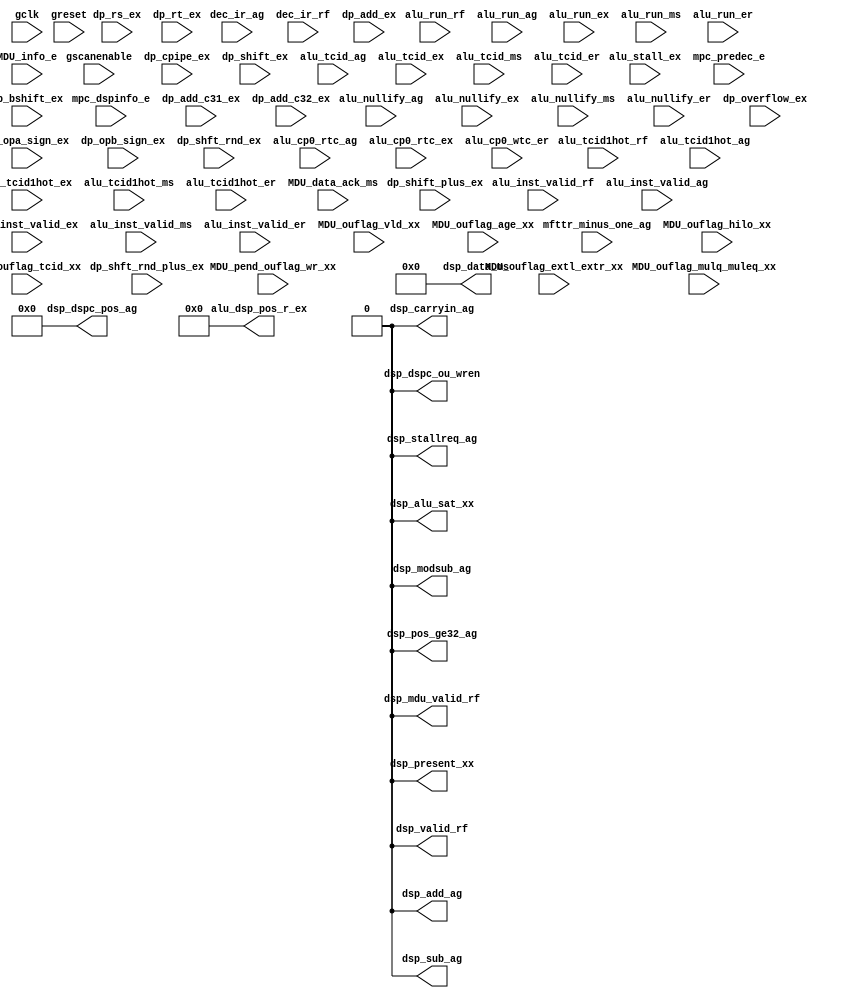
module m14k_alu_dsp_stub(
	gclk,
	greset,
	gscanenable,
	alu_run_rf,
	alu_run_ag,
	alu_run_ex,
	alu_run_ms,
	alu_run_er,
	alu_stall_ex,
	alu_inst_valid_rf,
	alu_inst_valid_ag,
	alu_inst_valid_ex,
	alu_inst_valid_ms,
	alu_inst_valid_er,
	alu_nullify_ag,
	alu_nullify_ex,
	alu_nullify_ms,
	alu_nullify_er,
	dec_ir_ag,
	dec_ir_rf,
	mfttr_minus_one_ag,
	mpc_predec_e,
	mpc_dspinfo_e,
	MDU_info_e,
	dp_rs_ex,
	dp_rt_ex,
	dp_cpipe_ex,
	dp_add_ex,
	dp_shift_ex,
	dp_shift_plus_ex,
	dp_bshift_ex,
	dp_add_c31_ex,
	dp_add_c32_ex,
	dp_overflow_ex,
	dp_opa_sign_ex,
	dp_opb_sign_ex,
	dp_shft_rnd_ex,
	dp_shft_rnd_plus_ex,
	alu_tcid1hot_rf,
	alu_tcid1hot_ag,
	alu_tcid_ag,
	alu_tcid1hot_ex,
	alu_tcid_ex,
	alu_tcid1hot_ms,
	alu_tcid_ms,
	alu_tcid1hot_er,
	alu_tcid_er,
	alu_cp0_rtc_ag,
	alu_cp0_rtc_ex,
	alu_cp0_wtc_er,
	MDU_pend_ouflag_wr_xx,
	MDU_ouflag_vld_xx,
	MDU_ouflag_hilo_xx,
	MDU_ouflag_mulq_muleq_xx,
	MDU_ouflag_extl_extr_xx,
	MDU_ouflag_age_xx,
	MDU_ouflag_tcid_xx,
	MDU_data_ack_ms,
	dsp_add_ag,
	dsp_sub_ag,
	dsp_carryin_ag,
	dsp_modsub_ag,
	dsp_present_xx,
	dsp_valid_rf,
	dsp_mdu_valid_rf,
	dsp_data_ms,
	dsp_stallreq_ag,
	alu_dsp_pos_r_ex,
	dsp_dspc_pos_ag,
	dsp_pos_ge32_ag,
	dsp_alu_sat_xx,
	dsp_dspc_ou_wren);


/*hookios*/


input           gclk;		// Global Clock
input		greset;		// Global Reset
input           gscanenable;	// Global Scanenable


input		alu_run_rf;	// rf stage run signal
input           alu_run_ag;	// ag stage run signal
input           alu_run_ex;	// ex stage run signal
input		alu_run_ms;	// ms stage run signal
input		alu_run_er;	// er stage run signal

input		alu_stall_ex;		// ex stage stall signal

input		alu_inst_valid_rf;	// instruction valid in RF stage
input		alu_inst_valid_ag;	// instruction valid in AG stage
input		alu_inst_valid_ex;	// Instruction valid in EX stage
input		alu_inst_valid_ms;	// Instruction valid in MS stage
input		alu_inst_valid_er;	// instruction valid in ER stage

input		alu_nullify_ag;		// ag stage nullify signal
input		alu_nullify_ex;		// ex stage nullify signal
input		alu_nullify_ms;		// ms stage nullify signal
input		alu_nullify_er;		// er stage nullify signal

input   [31:0]  dec_ir_ag;		// Instruction register in AG stage
input   [31:0]  dec_ir_rf;		// Instruction register in RF stage
input           mfttr_minus_one_ag;     // do not execute MFTR/MTTR in AG stage
input [22:0]    mpc_predec_e;		// predecoded values for umips
input [22:0]	mpc_dspinfo_e;
input [39:0]	MDU_info_e;



input [31:0]    dp_rs_ex;		// Apipe from ALU datapath
input [31:0]    dp_rt_ex;		// Bpipe from ALU datapath
input [31:0]    dp_cpipe_ex;		// Cpipe from ALU datapath
input [31:0]    dp_add_ex;		// Adder result
input [31:0]	dp_shift_ex;		// Shift result
input [31:0]	dp_shift_plus_ex;		// Shift result
input [31:0]	dp_bshift_ex;		// Shift result out of barrel shifter


input           dp_add_c31_ex;		// Carry out from adder, bit 31
input		dp_add_c32_ex;		// Carry out from adder, bit 32
input           dp_overflow_ex;		// Adder Overflow detected
input           dp_opa_sign_ex;		// Sign bit of APIPE input
input           dp_opb_sign_ex;		// Sign bit of BPIPE input
input		dp_shft_rnd_ex;		// Shft count bit 4	
input		dp_shft_rnd_plus_ex;		// Shft count bit 4	

input [8:0]     alu_tcid1hot_rf;	// Decoded TC ID	
input [8:0]     alu_tcid1hot_ag;	// Decoded TC ID	
input [3:0]     alu_tcid_ag;		// TC ID of instruction in AG 
input [8:0]     alu_tcid1hot_ex;	// Decoded TC ID	
input [3:0]     alu_tcid_ex;		// TC ID of instruction in EX 
input [8:0]     alu_tcid1hot_ms;	// Decoded TC ID	
input [3:0]     alu_tcid_ms;		// TC ID of instruction in MS 
input [8:0]     alu_tcid1hot_er;	// Decoded TC ID
input [3:0]     alu_tcid_er;		// TC ID of instruction in ER 
input [8:0]     alu_cp0_rtc_ag;         // selects which TC a MTTR/MFTR accesses
input [8:0]     alu_cp0_rtc_ex;         // selects which TC a MTTR/MFTR accesses
input [8:0]     alu_cp0_wtc_er;         // selects which TC a MTTR/MFTR accesses


//OUFlag updates from MDU 
input [8:0]     MDU_pend_ouflag_wr_xx; 	// update to ouflag pending
input           MDU_ouflag_vld_xx;  	// ouflag values are valid
input [3:0]     MDU_ouflag_hilo_xx; 	// ouflag values for HI/LO sets
input           MDU_ouflag_mulq_muleq_xx;  	// ouflag value for MULQ/MULEQ
input           MDU_ouflag_extl_extr_xx;  	// ouflag value for EXTL/R
input [1:0]     MDU_ouflag_age_xx;  	// age of instr. setting ouflag
input [3:0]     MDU_ouflag_tcid_xx;  	// TC id of instr. setting ouflag
input	 	MDU_data_ack_ms;	//Data accept from ALU on MDU data


output		dsp_add_ag;		// Add instruction from DSP
output		dsp_sub_ag;		// Sub instruction from DSP
output		dsp_carryin_ag;		// Carry in from ALU_DSP
output		dsp_modsub_ag;		// ModSub from ALU
output		dsp_present_xx;		// DSP present
output		dsp_valid_rf;		// Valid DSP instruction
output		dsp_mdu_valid_rf;	// Valid MDU DSP instruction


output [31:0]	dsp_data_ms;		// DSP result bus

output		dsp_stallreq_ag;	// DSP stallrequest	

output [5:0]	alu_dsp_pos_r_ex;	// POS-SIZE fro EXTPDP instruction

output [4:0]	dsp_dspc_pos_ag;	// POS field from DSPControl register in AG
output		dsp_pos_ge32_ag;	// POS field is great or equeal to 32

// Performance counter outputs
output		dsp_alu_sat_xx;		// Saturations in ALU part of the DSP

output		dsp_dspc_ou_wren;

// BEGIN Wire declarations made by MVP
wire dsp_pos_ge32_ag;
wire dsp_stallreq_ag;
wire dsp_alu_sat_xx;
wire dsp_modsub_ag;
wire dsp_mdu_valid_rf;
wire dsp_add_ag;
wire dsp_valid_rf;
wire dsp_present_xx;
wire [5:0] /*[5:0]*/ alu_dsp_pos_r_ex;
wire [4:0] /*[4:0]*/ dsp_dspc_pos_ag;
wire dsp_dspc_ou_wren;
wire dsp_carryin_ag;
wire dsp_sub_ag;
wire [31:0] /*[31:0]*/ dsp_data_ms;
// END Wire declarations made by MVP


//

//verilint 599 off
//verilint 239 off
//verilint 528 off        // Variable set but not used
//hotwires for tracer
 `ifdef MIPS_SIMULATION 
 //VCS coverage off 
//

wire	[31:0]	dspc_tc0_xx = 32'd0;
wire	[31:0]	dspc_tc0_alu_wren_er = 32'd0;
wire	[5:0]	dspc_tc0_mdu_wdata_er = 6'd0;

//verilint 528 on        // Variable set but not used

//verilint 599 on
//verilint 239 on
 //VCS coverage on  
 `endif 
//

//

assign dsp_present_xx = 1'b0;
assign dsp_valid_rf = 1'b0;
assign dsp_mdu_valid_rf = 1'b0;


assign dsp_data_ms[31:0] = 32'b0;
assign dsp_add_ag = 1'b0;
assign dsp_sub_ag = 1'b0;
assign dsp_carryin_ag = 1'b0;
assign dsp_modsub_ag = 1'b0;
assign dsp_stallreq_ag = 1'b0;
assign alu_dsp_pos_r_ex[5:0] = 6'b0;
assign dsp_dspc_pos_ag[4:0] = 5'b0;
assign dsp_pos_ge32_ag = 1'b0;

assign dsp_alu_sat_xx = 1'b0;
assign dsp_dspc_ou_wren = 1'b0;

endmodule